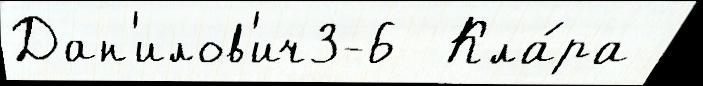
Дан'илов'ич3-6  Кла́ра